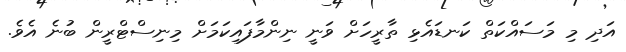
އަދި މި މަސައްކަތް ކަނޑައެޅި ތާރީހަށް ވަނީ ނިންމާފައިކަމަށް މިނިސްޓްރީން ބުނެ އެވެ.